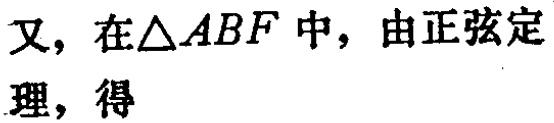
又，在$\triangle ABF$中，由正弦定理，得